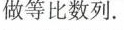
做等比数列.